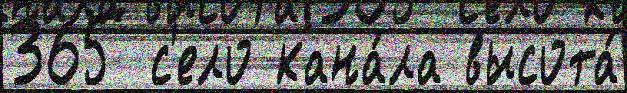
365 с'ело кана́ла высота́